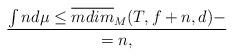
LaTeX: \begin{align*}\int nd\mu \leq \overline{{mdim}}_M(T,f+n,d)-\over=n,\end{align*}